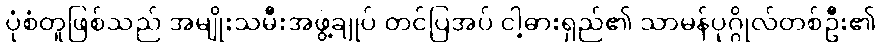
ပုံစံတူဖြစ်သည် အမျိုးသမီးအဖွဲ့ချုပ် တင်ပြအပ် ငါ့ဓားရှည်၏ သာမန်ပုဂ္ဂိုလ်တစ်ဦး၏